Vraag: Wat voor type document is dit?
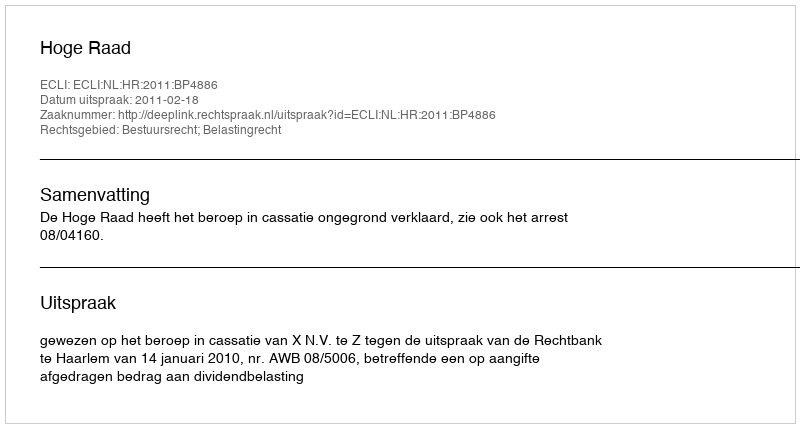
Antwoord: Uitspraak